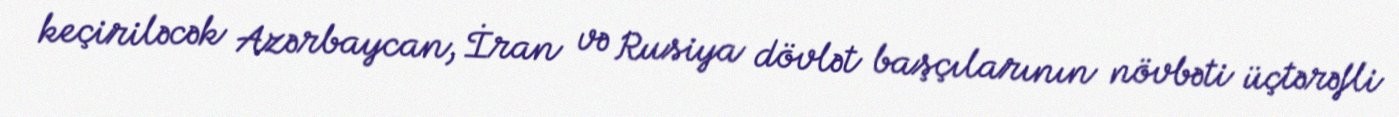
keçiriləcək Azərbaycan, İran və Rusiya dövlət başçılarının növbəti üçtərəfli